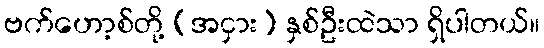
ဗက်ဟော့စ်တို့ (အငှား) နှစ်ဦးထဲသာ ရှိပါတယ်။